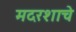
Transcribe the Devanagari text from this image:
मदरशाचे